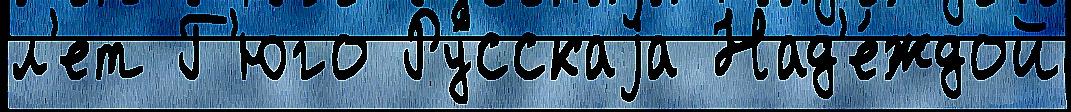
л'ет Г'юго Ру́сскаjа Над'е́ждой